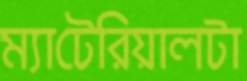
ম্যাটেরিয়ালটা